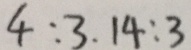
4 : 3 . 1 4 : 3